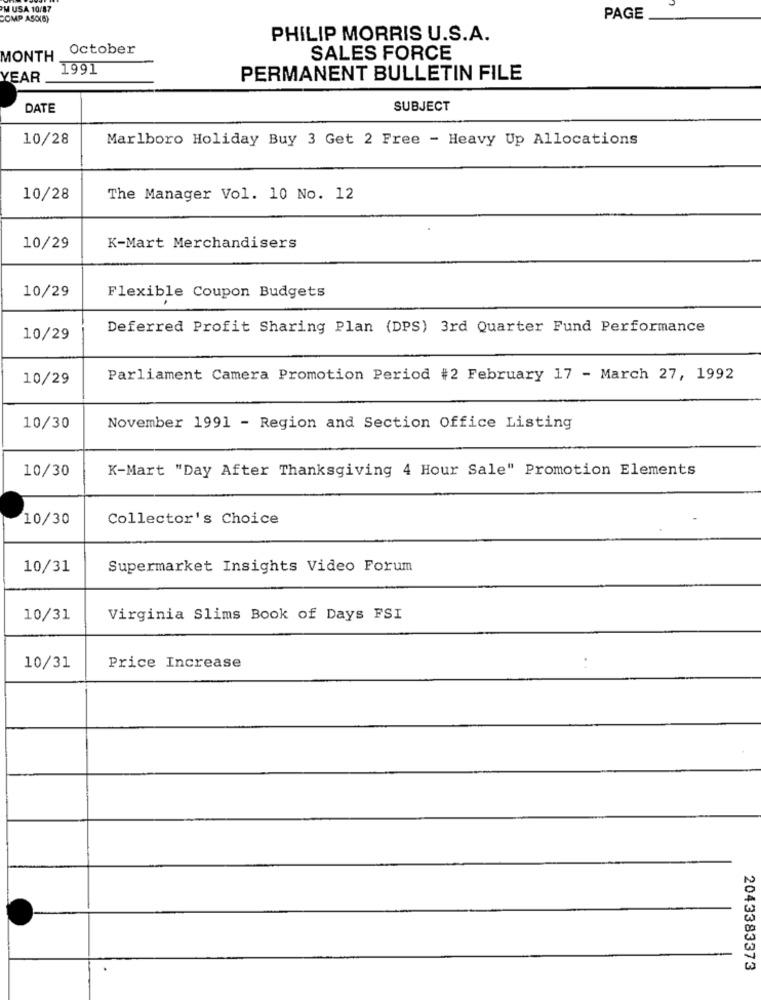
PM USA 10/87
COMP ASC(S)
PAGE
PHILIP MORRIS U.S.A.
October
MONTH
SALES FORCE
1991
YEAR
PERMANENT BULLETIN FILE
DATE
SUBJECT
10/28
Marlboro Holiday Buy 3 Get 2 Free - Heavy Up Allocations
10/28
The Manager Vol. 10 No. 12
10/29
K-Mart Merchandisers
10/29
Flexible Coupon Budgets
Deferred Profit Sharing Plan (DPS) 3rd Quarter Fund Performance
10/29
10/29
Parliament Camera Promotion Period #2 February 17 - March 27, 1992
10/30
November 1991 - Region and Section Office Listing
10/30
K-Mart "Day After Thanksgiving 4 Hour Sale" Promotion Elements
10/30
Collector's Choice
10/31
Supermarket Insights Video Forum
10/31
Virginia Slims Book of Days FSI
10/31
Price Increase
2043383373